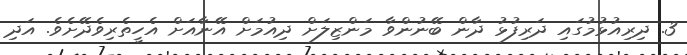
3. ދިރިއުޅުމުގައި ދަރިފުޅު ދާން ބޭނުންވާ މަންޒިލަށް ދިއުމަށް އޭނާއަށް އެހީތެރިވެދޭށެވެ. އަދި